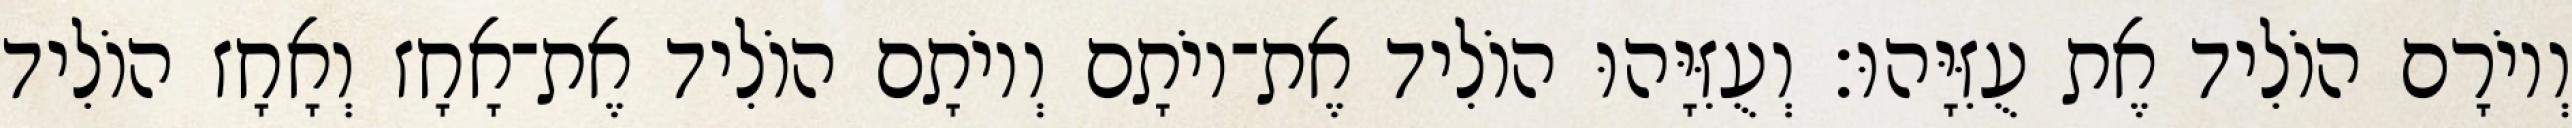
וְיוֹרָם הוֹלִיד אֶת עֻזִּיָּהוּ׃ וְעֻזִּיָּהוּ הוֹלִיד אֶת־יוֹתָם וְיוֹתָם הוֹלִיד אֶת־אָחָז וְאָחָז הוֹלִיד